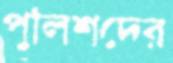
পুলিশদের